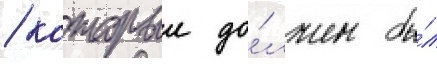
/ которыи до́лжен бы́л